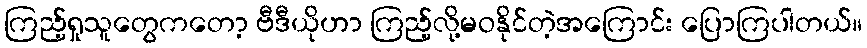
ကြည့်ရှုသူတွေကတော့ ဗီဒီယိုဟာ ကြည့်လို့မဝနိုင်တဲ့အကြောင်း ပြောကြပါတယ်။